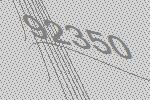
92350